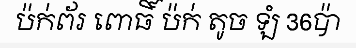
ប៉ក់ព័រ ពោធិ៍ ប៉ក់ តូច ឡំ 36ប៉ា